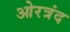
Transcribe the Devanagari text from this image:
ओरत्रंद